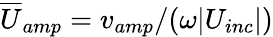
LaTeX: \overline{{U}}_{amp}=v_{amp}/(\omega|U_{inc}|)